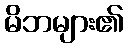
မိဘများ၏